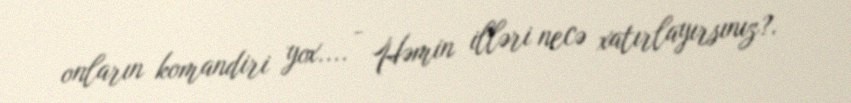
onların komandiri yox.... - Həmin illəri necə xatırlayırsınız?.